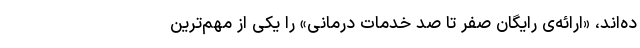
ده‌اند، «ارائه‌ی رایگانِ صفر تا صد خدمات درمانی» را یکی از مهم‌ترین